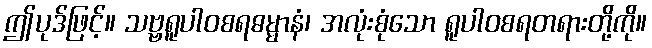
ဤပုဒ်ဖြင့်။ သဗ္ဗရူပါဝစရဓမ္မာနံ၊ အလုံးစုံသော ရူပါဝစရတရားတို့ကို။